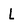
Character: L